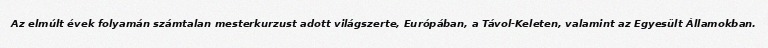
Az elmúlt évek folyamán számtalan mesterkurzust adott világszerte, Európában, a Távol-Keleten, valamint az Egyesült Államokban.